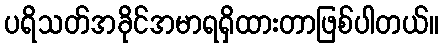
ပရိသတ်အခိုင်အမာရရှိထားတာဖြစ်ပါတယ်။